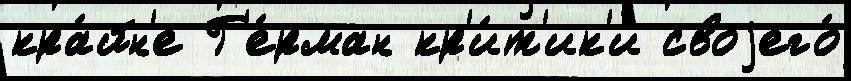
кра́йн'е Г'е́рман кр'и́т'ик'и своjего́